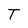
Character: T